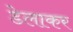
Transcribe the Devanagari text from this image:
डेलाकर